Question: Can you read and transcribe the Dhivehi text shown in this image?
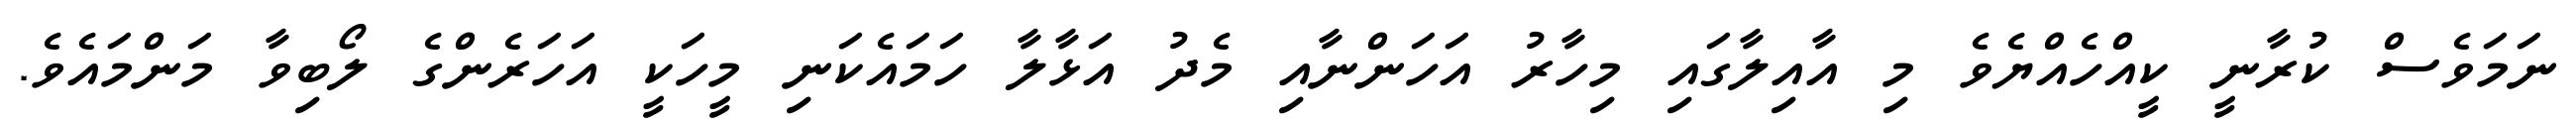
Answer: ނަމަވެސް ކުރާނީ ކީއްހެއްޔެވެ މި އާއިލާގައި މިހާރު އަހަންނާއި މެދު އަޅާލާ ހަމައެކަނި މީހަކީ އަހަރެންގެ ލޯބިވާ މަންމައެވެ.